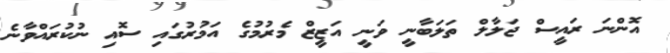
އޮންނަ ރައީސް ޖަލާލް ތަލަބާނީ ވަނީ އަޒީޒް މެރުމުގެ އަމުރުގައި ސޮއި ނުކުރައްވާނެ